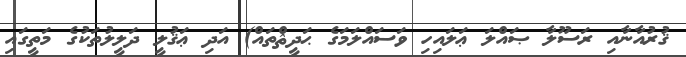
ޤުރުއާނާއި ރަސޫލާ ޞައްލަ ޢަލައިހި ވަސައްލަމަގެ ޙަދީޘްތައް) އަދި ޢަޤުލީ ދަލީލުތަކުގެ މަތީގައި